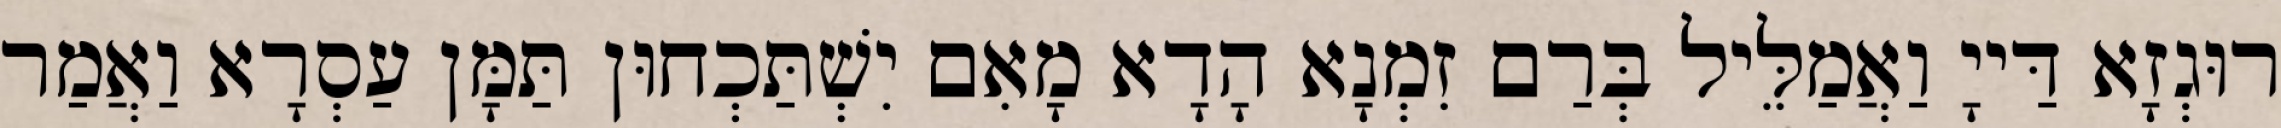
רוּגְזָא דַּייָ וַאֲמַלֵּיל בְּרַם זִמְנָא הָדָא מָאִם יִשְׁתַּכְחוּן תַּמָּן עַסְרָא וַאֲמַר